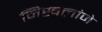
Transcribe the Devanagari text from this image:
निखलांजे